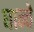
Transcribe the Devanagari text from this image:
घान्चे